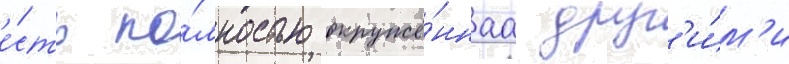
е́сть по́лностью окружё́ннаа друг'и́м'и